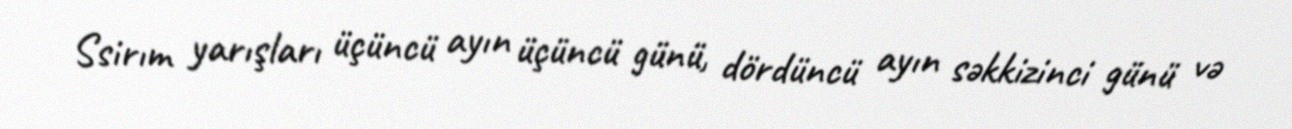
Ssirım yarışları üçüncü ayın üçüncü günü, dördüncü ayın səkkizinci günü və